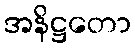
အနိဋ္ဌတော